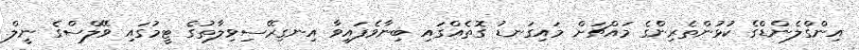
އިންގްލެންޑްގެ ކުޅުންތެރިންގެ މައްޗަށް މައިގަނޑު ގޮތެއްގައި ބިނާވެފައިވާ އިނގިރޭސިވިލާތުގެ ޓީމުގައި ވޭލްސްގެ ނީލް